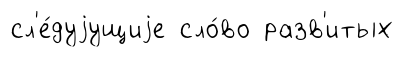
сл'е́дуjущиjе сло́во разв'итых